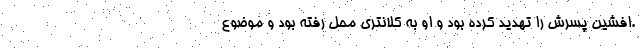
.افشین پسرش را تهدید کرده بود و او به کلانتری محل رفته بود و موضوع